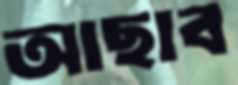
আছাব